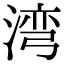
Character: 湾